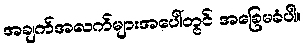
အချက်အလက်များအပေါ်တွင် အခြေမခံပါ။